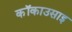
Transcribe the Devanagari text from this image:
कॉकाउसाइ